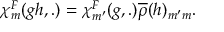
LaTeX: { \chi } _ { m } ^ { F } ( g h , . ) = { \chi } _ { m ^ { \prime } } ^ { F } ( g , . ) \overline { { { \rho } } } ( h ) _ { m ^ { \prime } m } .